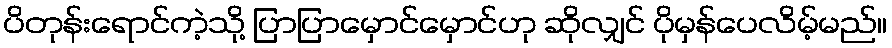
ပိတုန်းရောင်ကဲ့သို့ ပြာပြာမှောင်မှောင်ဟု ဆိုလျှင် ပိုမှန်ပေလိမ့်မည်။